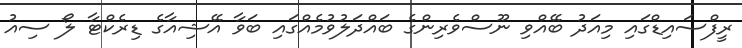
ރީފްސައިޑްގައި މިއަދު ބޭއްވި ނޫސްވެރިންގެ ބައްދަލުވުމެއްގައި ބަވާ އޭޝިއާގެ ޑިރެކްޓާ ލޯ ސިއު